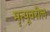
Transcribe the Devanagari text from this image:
मृत्यूवरील